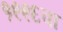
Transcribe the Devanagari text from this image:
१९९६चा